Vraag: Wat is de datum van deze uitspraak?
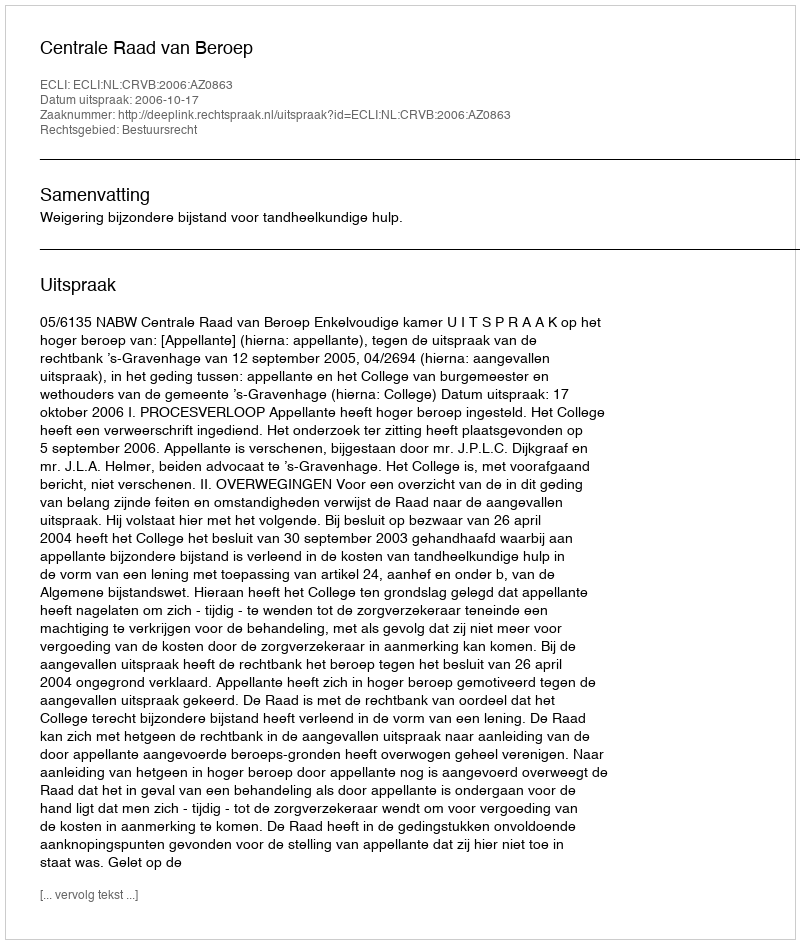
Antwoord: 2006-10-17